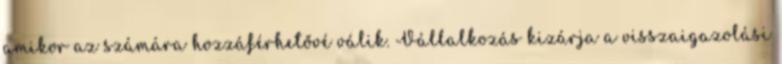
amikor az számára hozzáférhetővé válik. Vállalkozás kizárja a visszaigazolási